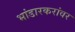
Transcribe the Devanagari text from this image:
भांडारकरांवर